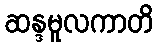
ဆန္ဒမူလကာတိ